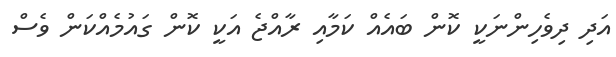
އަދި ދިވެހިންނަކީ ކޮން ބައެއް ކަމާއި ރާއްޖެ އަކީ ކޮން ގައުމެއްކަން ވެސް